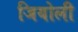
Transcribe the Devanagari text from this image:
जियोली